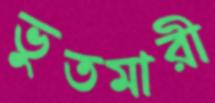
ভুতমারী